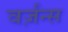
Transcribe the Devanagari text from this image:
वर्ज़न्स